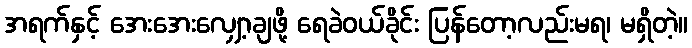
အရက်နှင့် အေးအေးလျှော့ချဖို့ ရေခဲဝယ်ခိုင်း ပြန်တော့လည်းမရ၊ မရှိတဲ့။